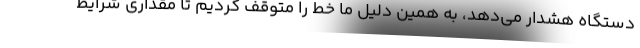
دستگاه هشدار می‌دهد، به همین دلیل ما خط را متوقف کردیم تا مقداری شرایط